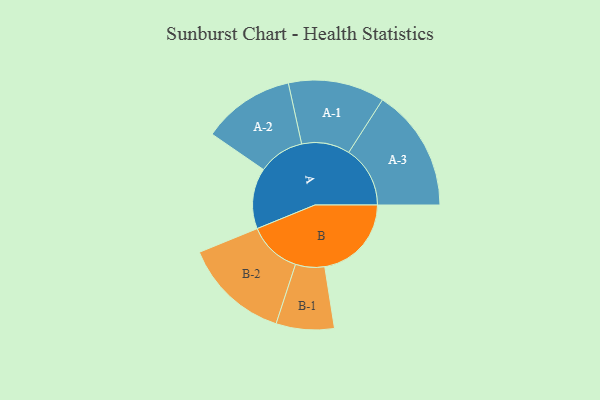
{"axis": {"x": "Segment", "y": "Value"}, "legend": ["", "A", "B"], "data": [{"x": "A", "y": 295, "type": ""}, {"x": "B", "y": 421, "type": ""}, {"x": "A-1", "y": 234, "type": "A"}, {"x": "A-2", "y": 224, "type": "A"}, {"x": "A-3", "y": 298, "type": "A"}, {"x": "B-1", "y": 141, "type": "B"}, {"x": "B-2", "y": 258, "type": "B"}]}